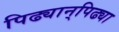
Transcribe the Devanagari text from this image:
पिढ्यान्‌पिढ्या